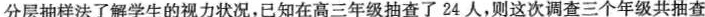
分层抽样法了解学生的视力状况，已知在高三年级抽查了24人，则这次调查三个年级共抽查了_______人。